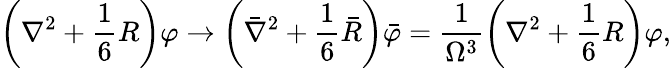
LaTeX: \left(\nabla^{2}+\frac{1}{6}R\right)\varphi\rightarrow\left(\bar{\nabla}^{2}+\frac{1}{6}\bar{R}\right)\bar{\varphi}=\frac{1}{\Omega^{3}}\left(\nabla^{2}+\frac{1}{6}R\right)\varphi,